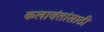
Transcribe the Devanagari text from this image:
कलावंतांसाठी